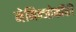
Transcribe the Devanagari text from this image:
मेनिन्जोकॉकी